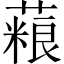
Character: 𫉱